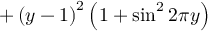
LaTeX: + \left( y - 1 \right) ^ { 2 } \left( 1 + \sin ^ { 2 } 2 \pi y \right)